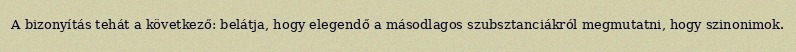
A bizonyítás tehát a következő: belátja, hogy elegendő a másodlagos szubsztanciákról megmutatni, hogy szinonimok.